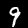
Label: 9